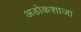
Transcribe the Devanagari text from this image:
अडोकशाजा